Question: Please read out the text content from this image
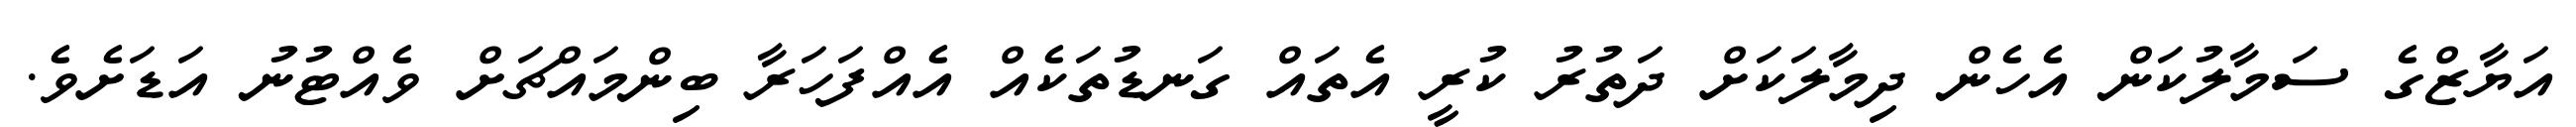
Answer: އަޔާޒްގެ ސަމާލުކަން އެހެން ދިމާލަކަށް ދަތުރު ކުރީ އެތައް ގަނޑުތަކެއް އެއްފަހަރާ ބިންމައްޗަށް ވެއްޓުނު އަޑަށެވެ.